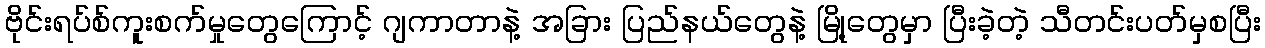
ဗိုင်းရပ်စ်ကူးစက်မှုတွေကြောင့် ဂျကာတာနဲ့ အခြား ပြည်နယ်တွေနဲ့ မြို့တွေမှာ ပြီးခဲ့တဲ့ သီတင်းပတ်မှစပြီး